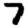
Digit: 7